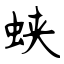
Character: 蛱